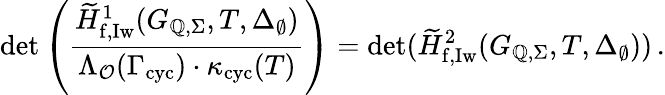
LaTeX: \operatorname*{det}\left(\frac{\widetilde{H}_{\mathrm{f,Iw}}^{1}(G_{\mathbb{Q},\Sigma},T,\Delta_{\emptyset})}{\Lambda_{\mathcal{O}}(\Gamma_{\textup{cyc}})\cdot\kappa_{\textup{cyc}}(T)}\right)=\operatorname*{det}(\widetilde{H}_{\mathrm{f,Iw}}^{2}(G_{\mathbb{Q},\Sigma},T,\Delta_{\emptyset}))\, .